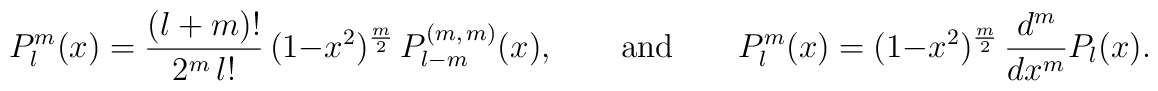
P^m_l (x) =    \frac{(l+m)!}{2^m\, l!}\, (1-x^2)^{\frac m2}\,  P^{(m,\, m)}_{l-m}(x),    \qquad \mathrm{and} \qquad  P^m_l (x) = (1-x^2)^{\frac m2}\,\frac{d^m}{dx^m}  P_l (x).